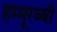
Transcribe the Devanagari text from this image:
हम्मूरब्बी